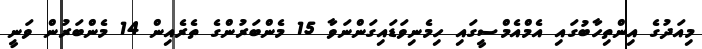
މިއަދުގެ އިންތިހާބުގައި އެމްއެމްސީގައި ހިމެނިވަޑައިގަންނަވާ 15 މެންބަރުންގެ ތެރެއިން 14 މެންބަރުން ވަނީ